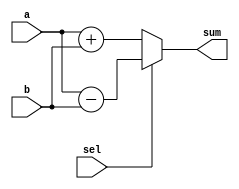
module Add_Sub
#(
    parameter WORD_LENGTH = 5
) 
(
	 input sel,
    input [WORD_LENGTH - 1 : 0]a,
    input [WORD_LENGTH - 1 : 0]b,
	 
    output [WORD_LENGTH - 1 : 0]sum    
);

reg [WORD_LENGTH-1 : 0]sum_reg = 0;

always @(*) 
begin
    if (sel)
		sum_reg = a - b;
	 else
		sum_reg = a + b;
end

assign sum = sum_reg;

endmodule